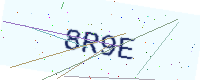
Text: 8R9E